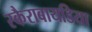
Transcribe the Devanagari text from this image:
स्कैराबायडिया